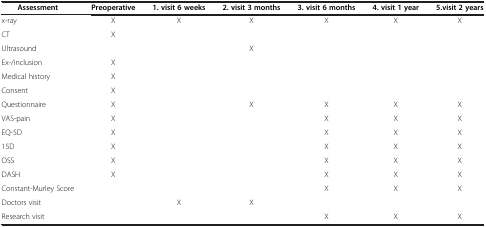
| Assessment | Preoperative | 1. visit 6 weeks | 2. visit 3 months | 3. visit 6 months | 4. visit 1 year | 5.visit 2 years |
 | --- | --- | --- | --- | --- | --- | --- |
 | x-ray | X | X | X | X | X | X |
 | CT | X |  |  |  |  |  |
 | Ultrasound |  |  | X |  |  |  |
 | Ex-/inclusion | X |  |  |  |  |  |
 | Medical history | X |  |  |  |  |  |
 | Consent | X |  |  |  |  |  |
 | Questionnaire | X |  | X | X | X | X |
 | VAS-pain | X |  |  | X | X | X |
 | EQ-5D | X |  |  | X | X | X |
 | 15D | X |  |  | X | X | X |
 | OSS | X |  |  | X | X | X |
 | DASH | X |  |  | X | X | X |
 | Constant-Murley Score |  |  |  | X | X | X |
 | Doctors visit |  | X | X |  |  |  |
 | Research visit |  |  |  | X | X | X |